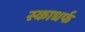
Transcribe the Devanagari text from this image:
स्काधर्फ